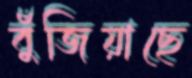
বুঁজিয়াছে